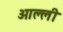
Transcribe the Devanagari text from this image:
ओल्ली